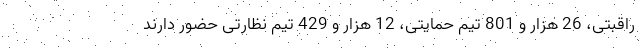
راقبتی، 26 هزار و 801 تیم حمایتی، 12 هزار و 429 تیم نظارتی حضور دارند